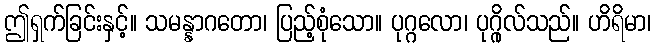
ဤရှက်ခြင်းနှင့်။ သမန္နာဂတော၊ ပြည့်စုံသော။ ပုဂ္ဂလော၊ ပုဂ္ဂိုလ်သည်။ ဟိရိမာ၊